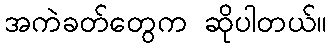
အကဲခတ်တွေက ဆိုပါတယ်။